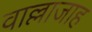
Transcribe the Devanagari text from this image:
वाल्लाजाह